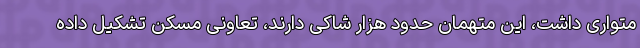
متواری داشت، این متهمان حدود هزار شاکی دارند، تعاونی مسکن تشکیل داده